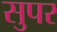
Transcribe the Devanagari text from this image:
सुपर